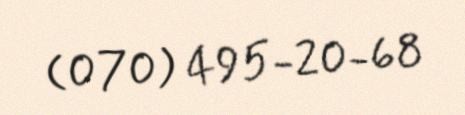
(070) 495-20-68